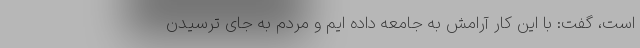
است، گفت: با این کار آرامش به جامعه داده ایم و مردم به جای ترسیدن